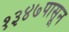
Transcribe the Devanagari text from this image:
१३४७पासून